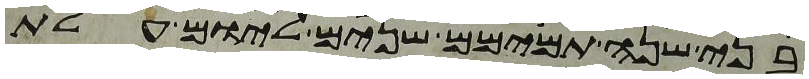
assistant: בני שנה תמימם שנים ליום עלת